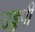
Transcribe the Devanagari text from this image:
उड्डपी